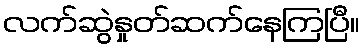
လက်ဆွဲနှုတ်ဆက်နေကြပြီ။